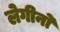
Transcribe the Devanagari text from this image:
लेगीनो